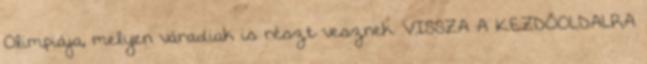
Olimpiája, melyen váradiak is részt vesznek. VISSZA A KEZDŐOLDALRA